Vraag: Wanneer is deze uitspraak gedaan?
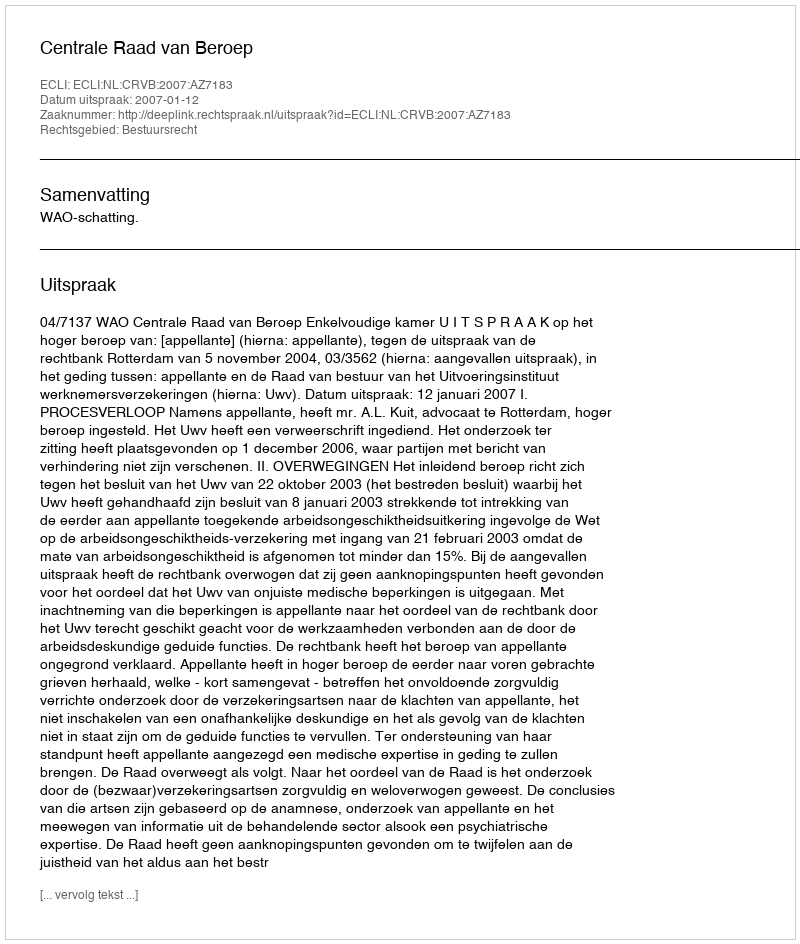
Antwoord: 2007-01-12